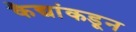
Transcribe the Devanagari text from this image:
कैद्यांकडून